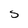
Character: S